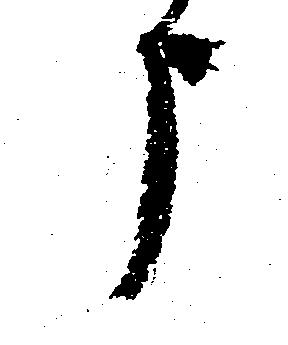
う